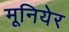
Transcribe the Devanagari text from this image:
मूनियेर